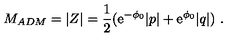
M _ { A D M } = | Z | = { \frac { 1 } { 2 } } ( { \mathrm { e } } ^ { - \phi _ { 0 } } | p | + { \mathrm { e } } ^ { \phi _ { 0 } } | q | ) \ .